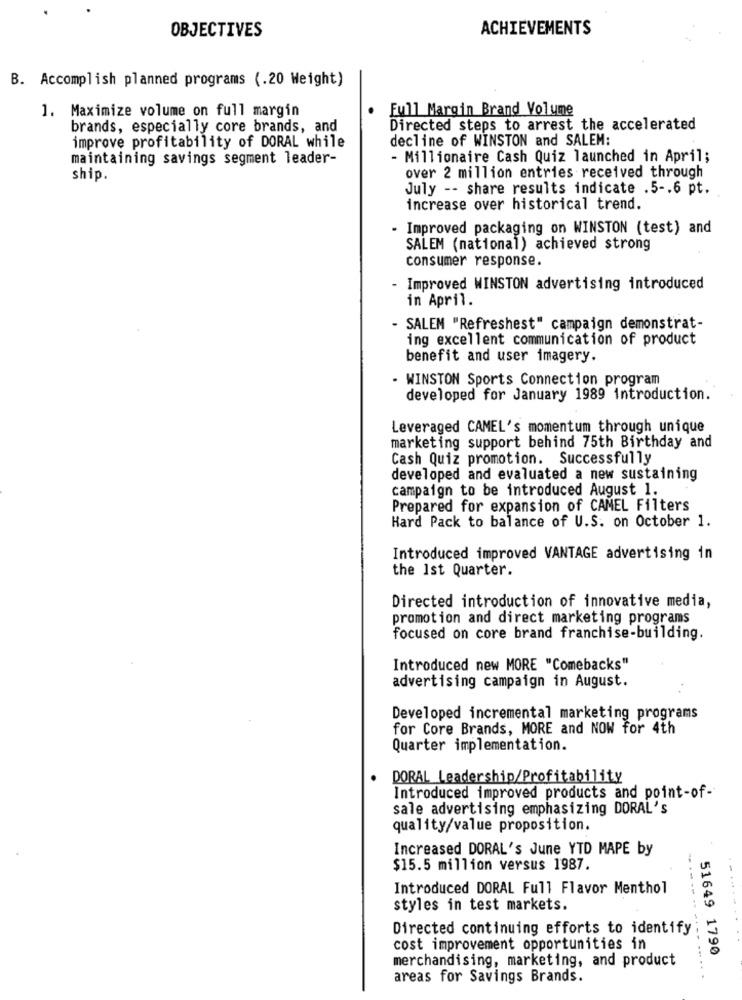
OBJECTIVES
ACHIEVEMENTS
B. Accomplish planned programs (.20 Weight)
1. Maximize volume on full margin
Full Margin Brand Volume
brands, especially core brands, and
Directed steps to arrest the accelerated
improve profitability of DORAL while
decline of WINSTON and SALEM:
maintaining savings segment leader-
- Millionaire Cash Quiz launched in April;
ship.
over 2 million entries received through
July -- share results indicate .5 -. 6 pt.
increase over historical trend.
- Improved packaging on WINSTON (test) and
SALEM (national) achieved strong
consumer response.
- Improved WINSTON advertising introduced
in April.
- SALEM "Refreshest" campaign demonstrat-
ing excellent communication of product
benefit and user imagery.
- WINSTON Sports Connection program
developed for January 1989 introduction.
Leveraged CAMEL's momentum through unique
marketing support behind 75th Birthday and
Cash Quiz promotion. Successfully
developed and evaluated a new sustaining
campaign to be introduced August 1.
Prepared for expansion of CAMEL Filters
Hard Pack to balance of U.S. on October 1.
Introduced improved VANTAGE advertising in
the 1st Quarter.
Directed introduction of innovative media,
promotion and direct marketing programs
focused on core brand franchise-building
Introduced new MORE "Comebacks"
advertising campaign in August.
Developed incremental marketing programs
for Core Brands, MORE and NOW for 4th
Quarter implementation.
DORAL Leadership/Profitability
Introduced improved products and point-of-
sale advertising emphasizing DORAL's
quality/value proposition.
Increased DORAL's June YTD MAPE by
$15.5 million versus 1987.
Introduced DORAL Full Flavor Menthol
styles in test markets.
..... . .
Directed continuing efforts to identify
cost improvement opportunities in
merchandising, marketing, and product
51649 1790
areas for Savings Brands.
.-.. .. .... ......